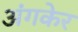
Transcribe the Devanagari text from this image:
अंगकेर